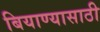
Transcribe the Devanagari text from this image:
बियाण्यासाठी